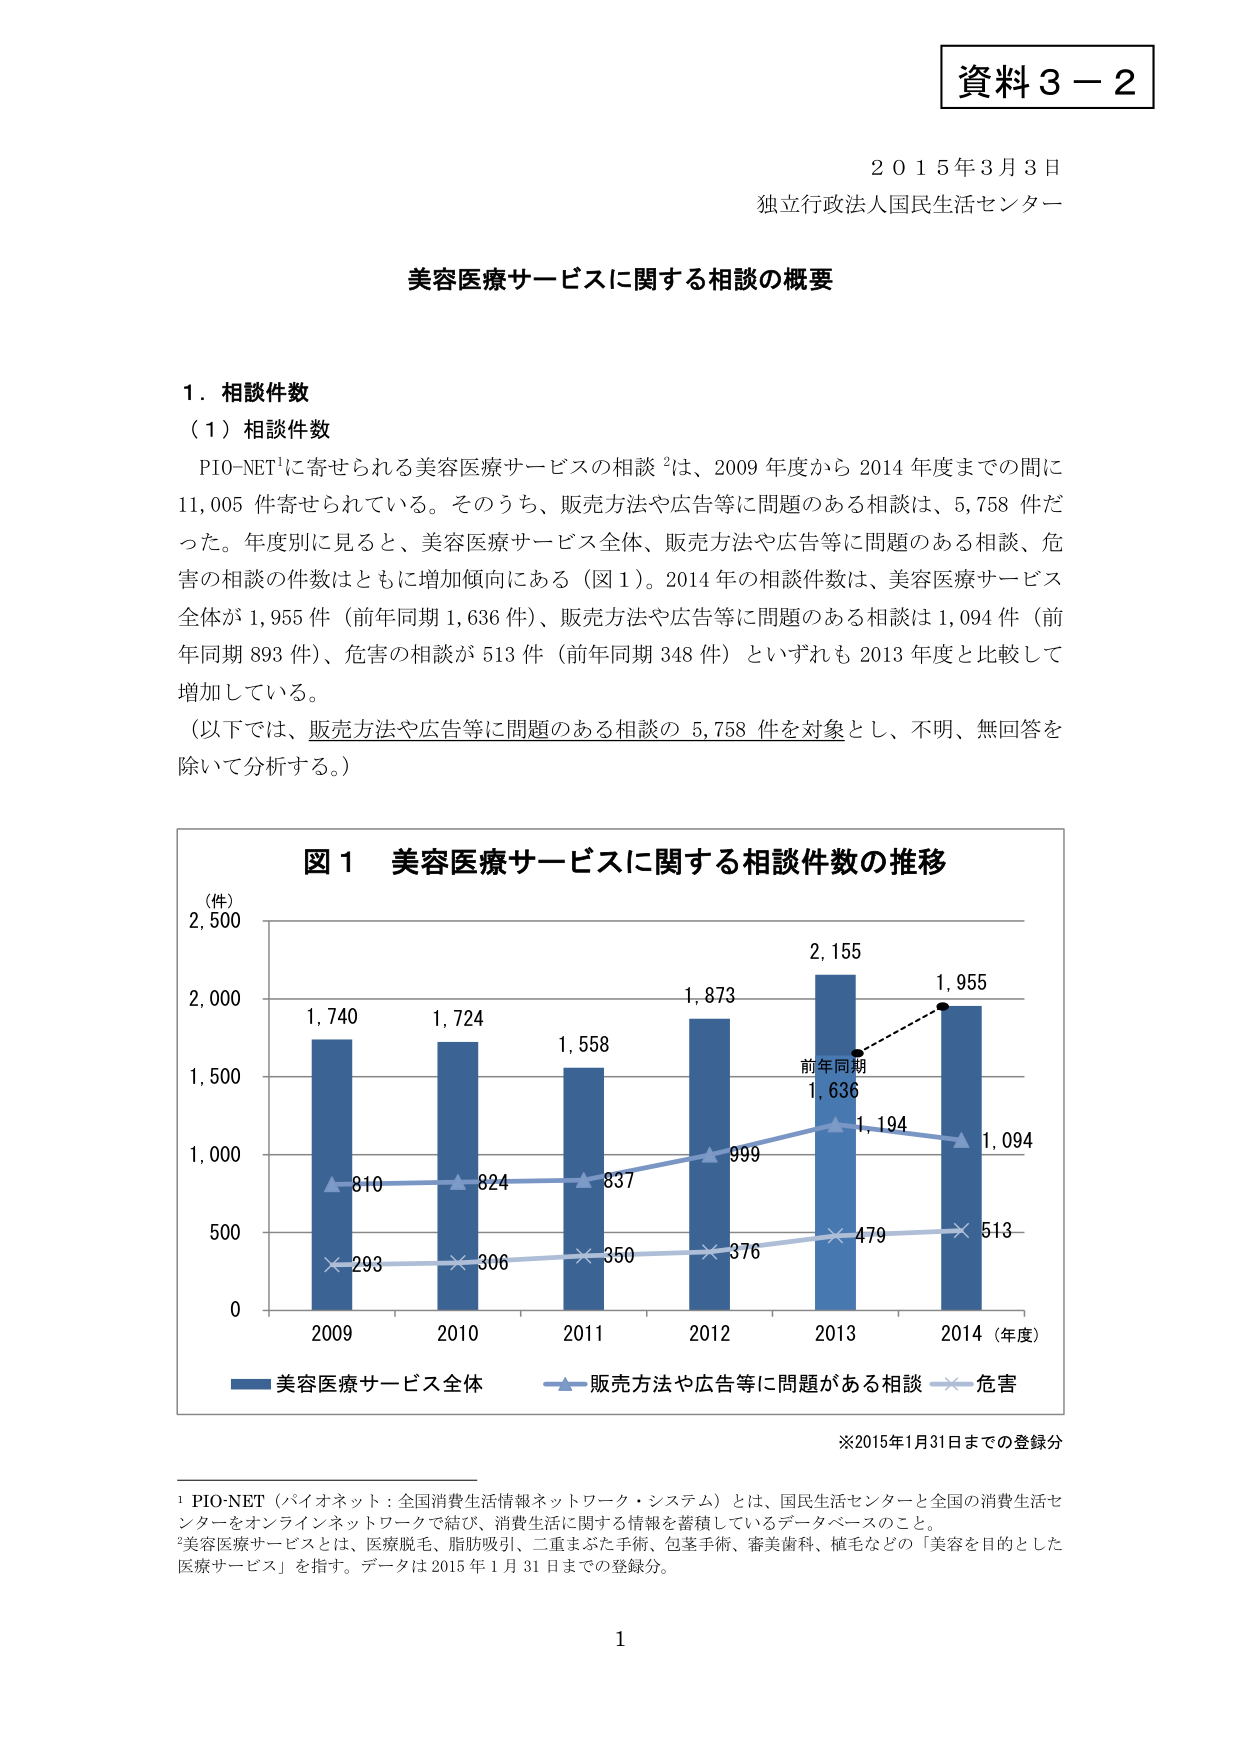
資料３－２

２０１５年３月３日
独立行政法人国民生活センター

美容医療サービスに関する相談の概要

１．相談件数
（１）相談件数
　PIO-NET¹に寄せられる美容医療サービスの相談²は、2009年度から2014年度までの間に11,005件寄せられている。そのうち、販売方法や広告等に問題のある相談は、5,758件だった。年度別に見ると、美容医療サービス全体、販売方法や広告等に問題のある相談、危害の相談の件数はともに増加傾向にある（図1）。2014年の相談件数は、美容医療サービス全体が1,955件（前年同期1,636件）、販売方法や広告等に問題のある相談は1,094件（前年同期893件）、危害の相談が513件（前年同期348件）といずれも2013年度と比較して増加している。
　（以下では、販売方法や広告等に問題のある相談の5,758件を対象とし、不明、無回答を除いて分析する。）

図１ 美容医療サービスに関する相談件数の推移
（件）
2,500
2,000
1,500
1,000
500
0
2009　2010　2011　2012　2013　2014（年度）
■美容医療サービス全体　▲販売方法や広告等に問題がある相談　×危害
1,740　1,724　1,558　1,873　2,155　1,955
810　824　837　999　1,194　1,094
293　306　350　376　479　513
前年同期
1,636

※2015年1月31日までの登録分

¹ PIO-NET（パイオネット：全国消費生活情報ネットワーク・システム）とは、国民生活センターと全国の消費生活センターをオンラインネットワークで結び、消費生活に関する情報を蓄積しているデータベースのこと。
²美容医療サービスとは、医療脱毛、脂肪吸引、二重まぶた手術、包茎手術、審美歯科、植毛などの「美容を目的とした医療サービス」を指す。データは2015年1月31日までの登録分。

1